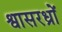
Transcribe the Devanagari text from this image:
श्वासरध्राें